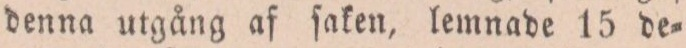
denna utgång af ſaken, lemnade 15 de=